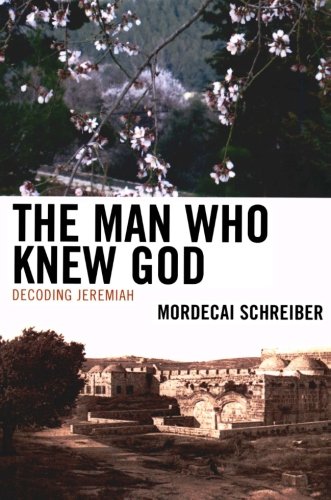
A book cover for The Man Who Knew God: Decoding Jeremiah; Mordecai Schreiber; Christian Books & Bibles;